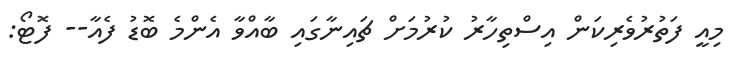
މިއީ ފަތުރުވެރިކަން އިސްތިހާރު ކުރުމަށް ޗައިނާގައި ބާއްވާ އެންމެ ބޮޑު ފެއާ-- ފޮޓޯ: